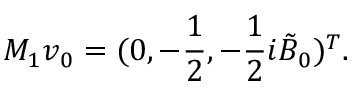
M _ { 1 } \boldsymbol { v } _ { 0 } = ( 0 , - \frac { 1 } { 2 } , - \frac { 1 } { 2 } i \tilde { B } _ { 0 } ) ^ { T } .